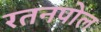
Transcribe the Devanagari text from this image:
रतनपोल